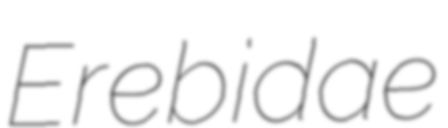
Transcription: Erebidae